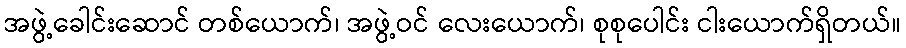
အဖွဲ့ခေါင်းဆောင် တစ်ယောက်၊ အဖွဲ့ဝင် လေးယောက်၊ စုစုပေါင်း ငါးယောက်ရှိတယ်။